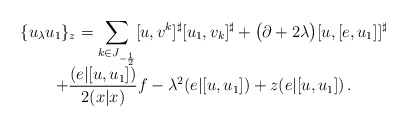
\begin{align*}\begin{array}{c}\displaystyle{\{u_\lambda u_1\}_{z}=\sum_{k\in J_{-\frac12}}[u,v^k]^\sharp[u_1,v_k]^\sharp+\big(\partial+2\lambda\big)[u,[e,u_1]]^\sharp} \\\displaystyle{+\frac{(e|[u,u_1])}{2(x|x)}f-\lambda^2(e|[u,u_1])+z(e|[u,u_1])\,.}\end{array}\end{align*}